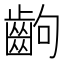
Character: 齣